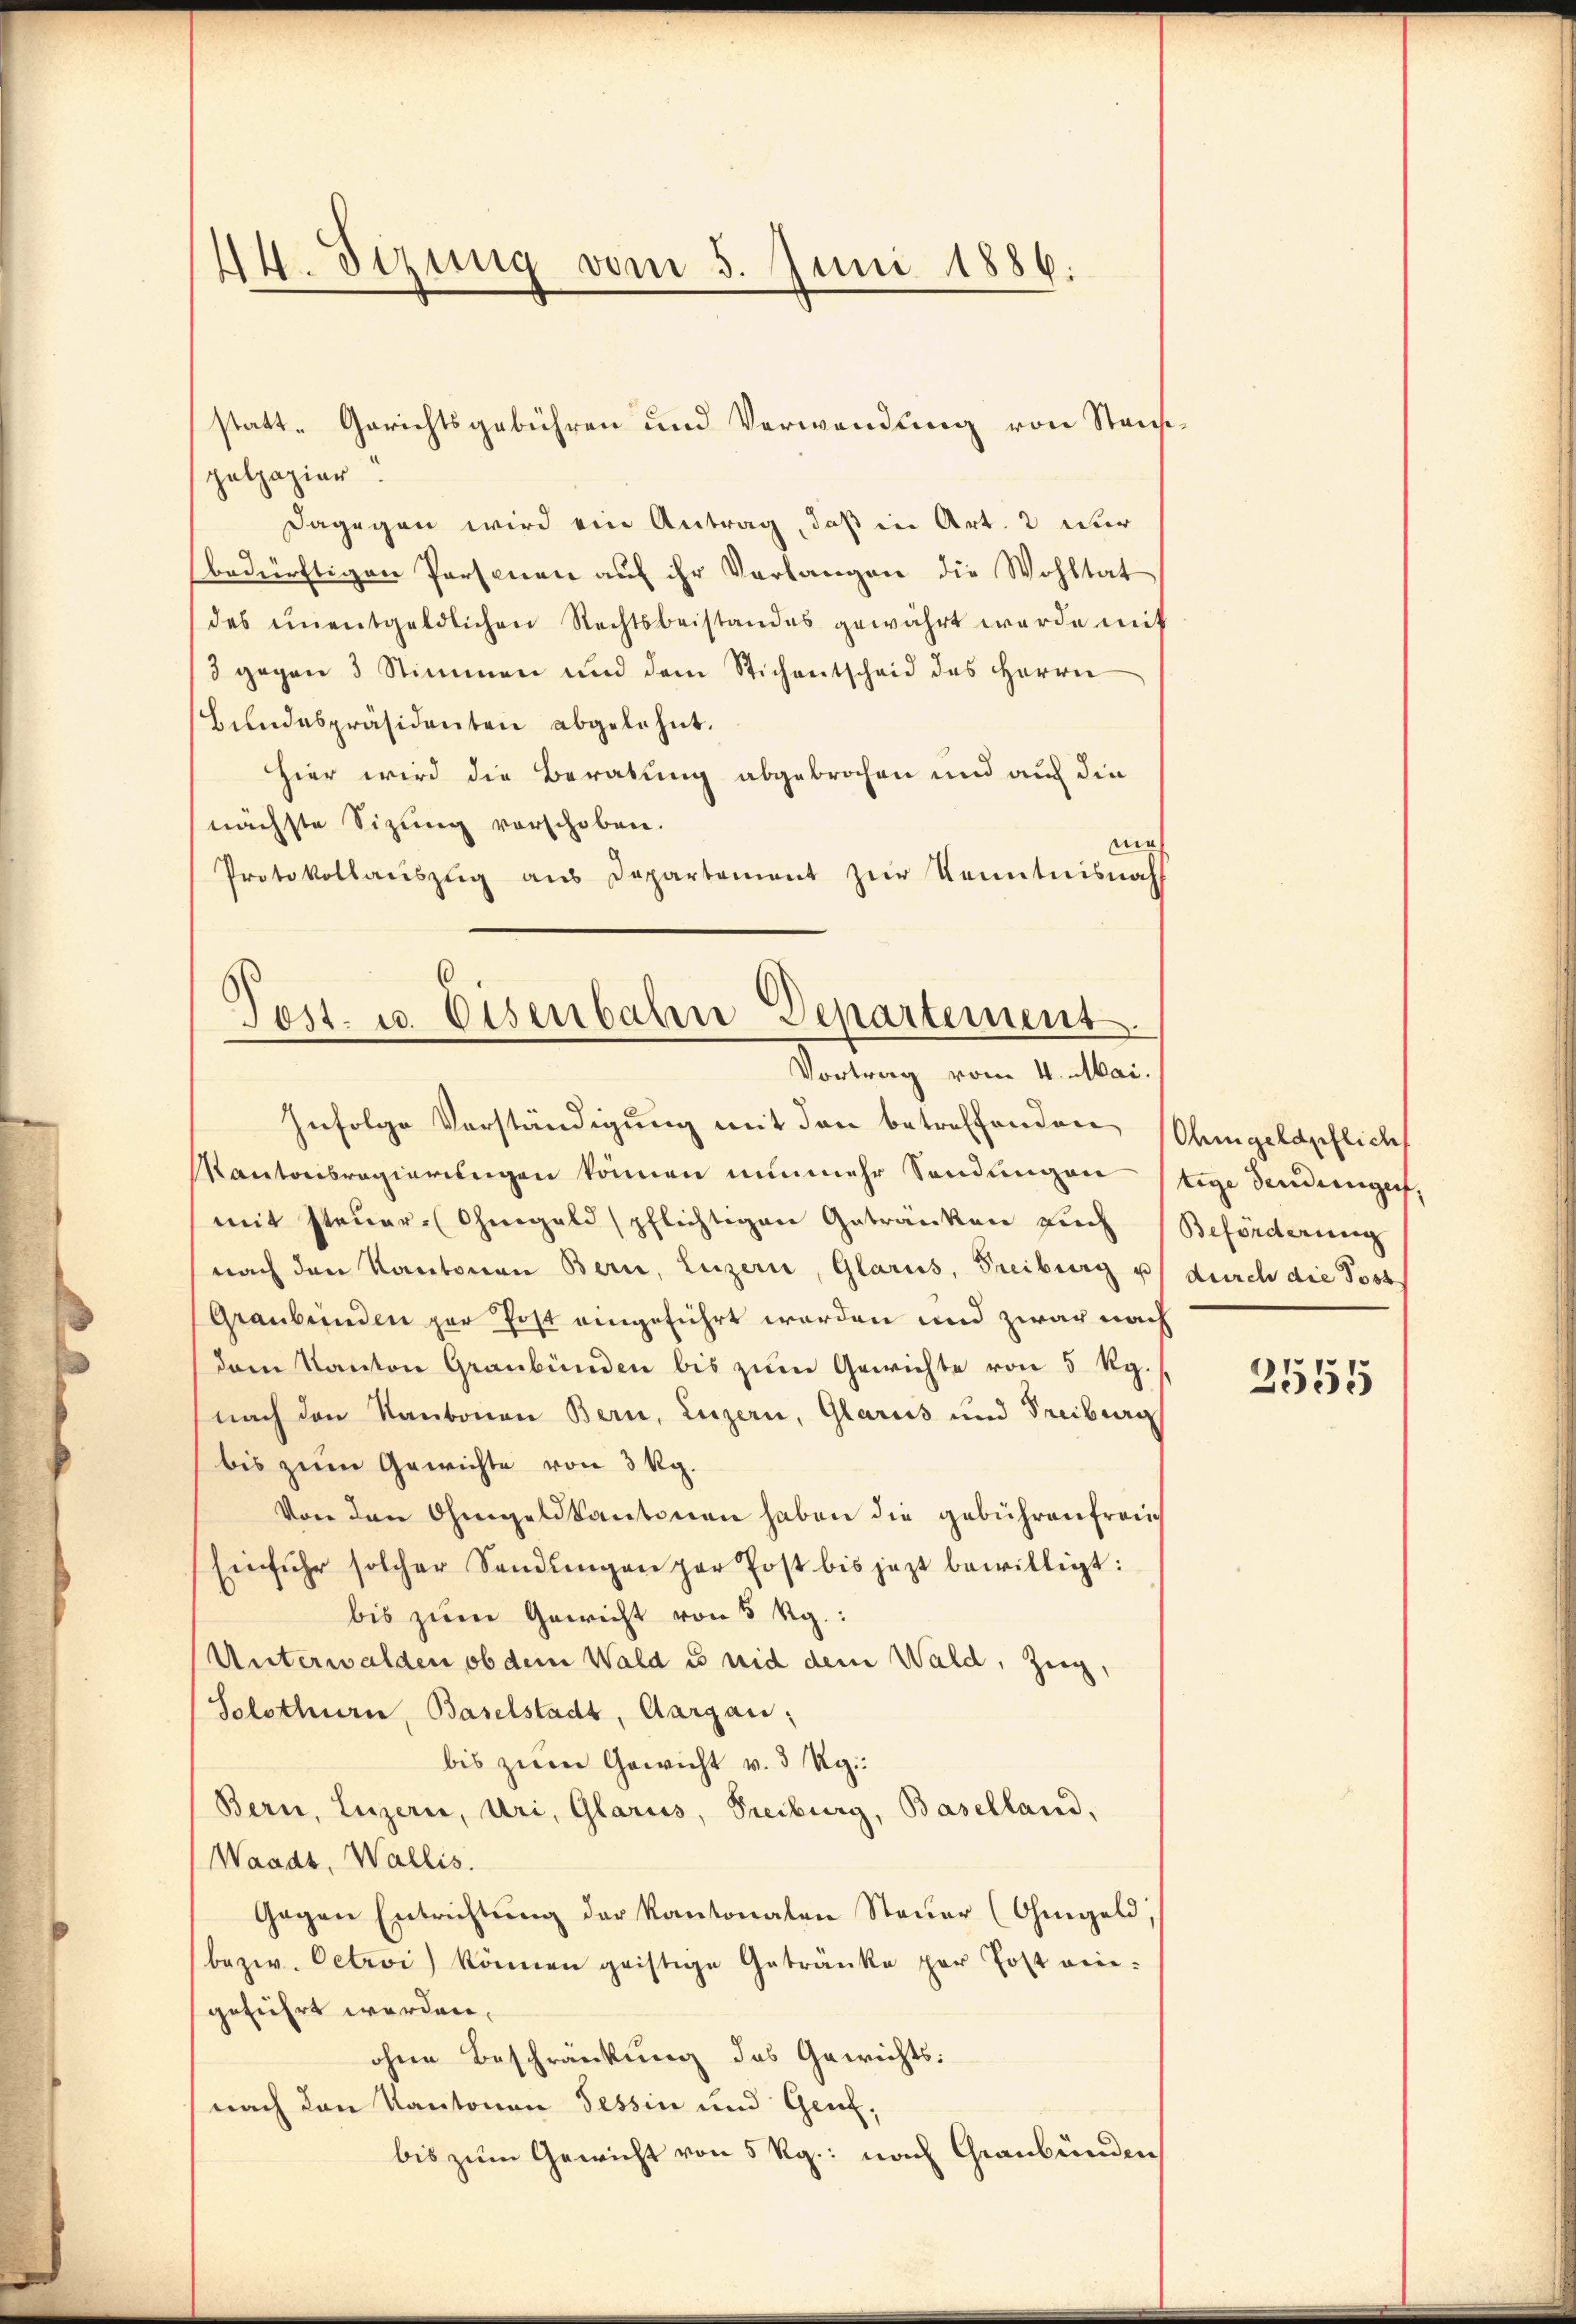
44. Sizung vom 5. Juni 1886.

statt-Gerichtsgebühren und Verwendung von Staufpelpapier
Dagegen wird ein Antrag, daß in Art. 2 nur
bedürftigen Personen auf ihr Verlangen die Wohltat
des ŭnentgeldlichen Rechtsbeistandes gewährt werde mit
3 gegen 3 Stimmen und dem Stichentscheid des Herrn
Bŭndespräsidenten abgelehnt.
Hier wird die Beratung abgebrochen und auch die
nächste Sizung vorschoben.
mir
Protokollauszug aus Departement zur Kenntnisnah
Test. u. Eisenbahn Departement.
Vortrag vom 4. Mai.

Infolge Verständigung mit den betreffenden Ohmgeldpflich
Kantonsregierungen können nunmehr Sendungen stige Sendungen,
mit Steuer-Ohmgeld pflichtigen Getränken auch Beförderung
nach den Kantonen Bern, Luzern, Glarus, Freiburg u
Graubünden zur Post eingeführt worden und zwar nach
dem Kanton Graubünden bis zum Gewichte von 5 Rp.
nach den Raubonen Bern, Luzern, Glarus und Freiburg
bis zum Gewichte von 3 kg.
Von den Ohmgeldkantonen haben die gebührenfreu
Einfuhr solcher Sendŭngen par Post bis jezt bewilligt:
bis zum Gewicht von 5 Rg.:
Unterwalden ob dem Wald es nid dem Wald, zeig,
Solothurn, Baselstadt, Aargau;
bis zum Gewicht v. 3 Rg.:
Bern, Luzern, Uri, Glarus, Freiburg, Baselland,
Waadt, Wallis.
Gegen Entrichtung der Kantonalen Steuer (Ohmgeld,
bezw. Octroi) können geistige Getränke per Jost eingeführt werden.
ohne Beschränkung des Gewichts:
nach den Kantonen Tessin und Genf,
bis zum Gewicht von 5 Rg.: nach Graubünden

durch die Post

2555